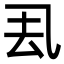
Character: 厾